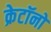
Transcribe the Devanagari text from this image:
क्रेटॉनों